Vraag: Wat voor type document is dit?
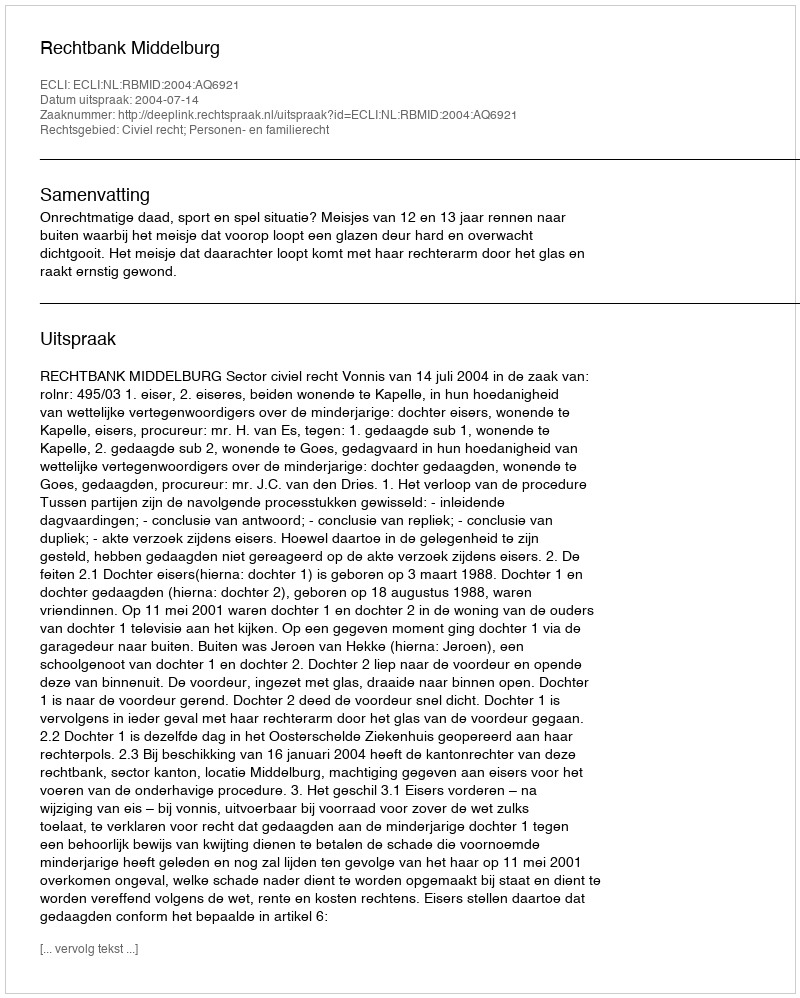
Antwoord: Uitspraak